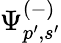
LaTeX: \Psi_{p^{\prime},s^{\prime}}^{(-)}